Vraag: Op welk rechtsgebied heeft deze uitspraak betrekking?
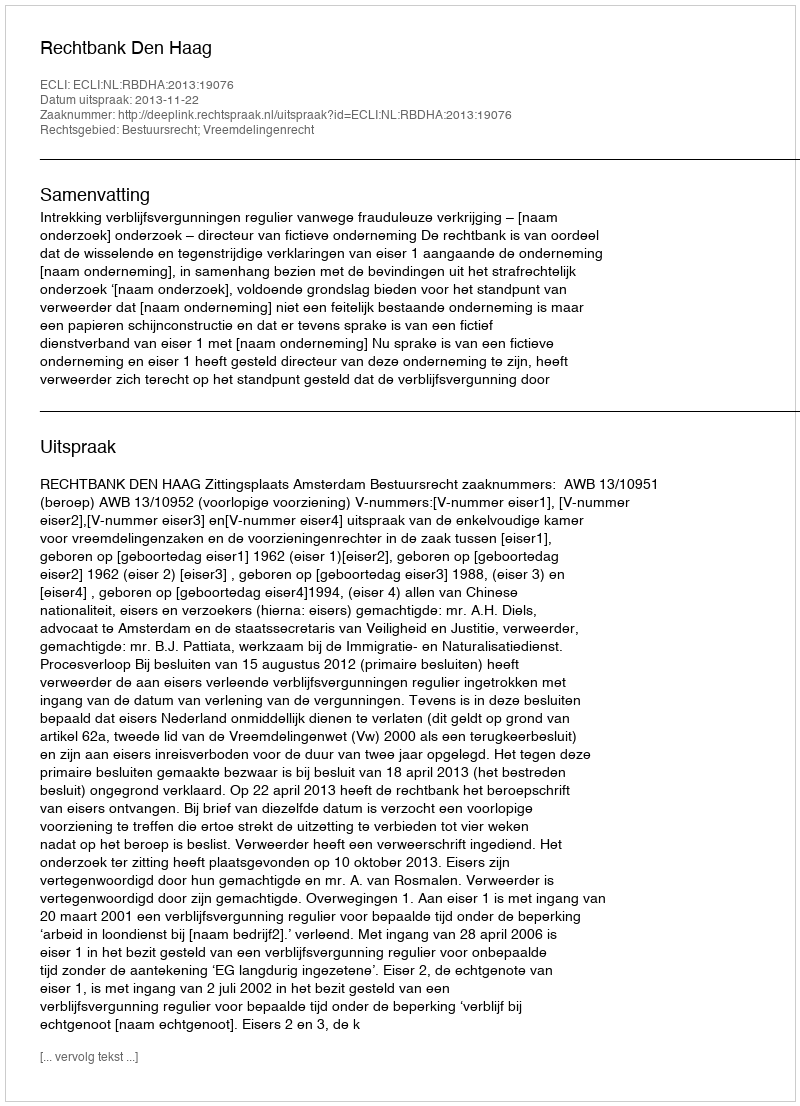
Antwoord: Bestuursrecht; Vreemdelingenrecht